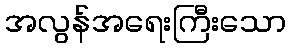
အလွန်အရေးကြီးသော